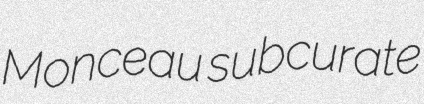
Monceau subcurate